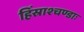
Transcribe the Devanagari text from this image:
हिंस्राश्चण्डाः